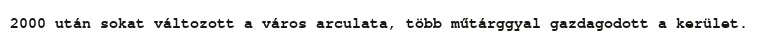
2000 után sokat változott a város arculata, több műtárggyal gazdagodott a kerület.